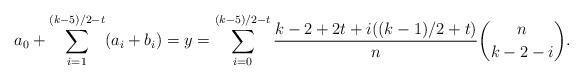
LaTeX: \begin{align*}a_0+\sum_{i=1}^{(k-5)/2-t} (a_i+b_i)=y=\sum_{i=0}^{(k-5)/2-t} \frac{k-2+2t+i((k-1)/2+t)}{n} \binom{n}{k-2-i}.\end{align*}